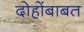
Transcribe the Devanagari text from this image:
दोहोंबाबत